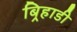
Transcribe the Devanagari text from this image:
बिर्‍हाडी